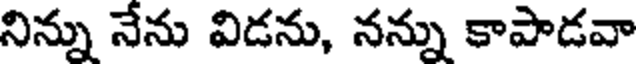
నిన్ను నేను విడను, నన్ను కాపాడవా